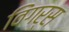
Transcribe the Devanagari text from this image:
विंगर्स